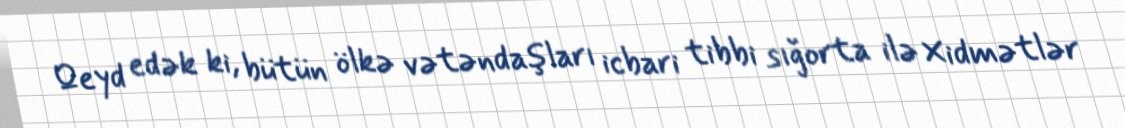
Qeyd edək ki, bütün ölkə vətəndaşları icbari tibbi sığorta ilə Xidmətlər